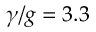
\gamma / g = 3 . 3